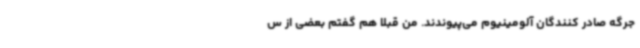
جرگه صادر کنندگان آلومینیوم می‌پیوندند. من قبلا هم گفتم بعضی از س